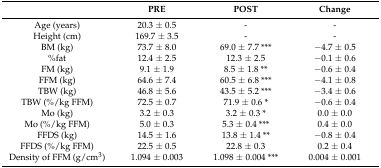
|  | PRE | POST | Change |
 | --- | --- | --- | --- |
 | Age (years) | 20.3 ± 0.5 | - | - |
 | Height (cm) | 169.7 ± 3.5 | - | - |
 | BM (kg) | 73.7 ± 8.0 | 69.0 ± 7.7 *** | −4.7 ± 0.5 |
 | %fat | 12.4 ± 2.5 | 12.3 ± 2.5 | −0.1 ± 0.6 |
 | FM (kg) | 9.1 ± 1.9 | 8.5 ± 1.8 ** | −0.6 ± 0.4 |
 | FFM (kg) | 64.6 ± 7.4 | 60.5 ± 6.8 *** | −4.1 ± 0.8 |
 | TBW (kg) | 46.8 ± 5.6 | 43.5 ± 5.2 *** | −3.4 ± 0.6 |
 | TBW (%/kg FFM) | 72.5 ± 0.7 | 71.9 ± 0.6 * | −0.6 ± 0.4 |
 | Mo (kg) | 3.2 ± 0.3 | 3.2 ± 0.3 * | 0.0 ± 0.0 |
 | Mo (%/kg FFM) | 5.0 ± 0.3 | 5.3 ± 0.4 *** | 0.4 ± 0.0 |
 | FFDS (kg) | 14.5 ± 1.6 | 13.8 ± 1.4 ** | −0.8 ± 0.4 |
 | FFDS (%/kg FFM) | 22.5 ± 0.5 | 22.8 ± 0.3 | 0.2 ± 0.4 |
 | Density of FFM (g/cm3) | 1.094 ± 0.003 | 1.098 ± 0.004 *** | 0.004 ± 0.001 |